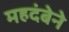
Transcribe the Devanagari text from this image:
महदंबेने